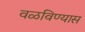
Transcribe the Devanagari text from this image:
वळविण्यास